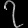
Digit: ၇